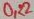
Text: 0,22